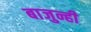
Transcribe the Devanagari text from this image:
बाजुन्ही